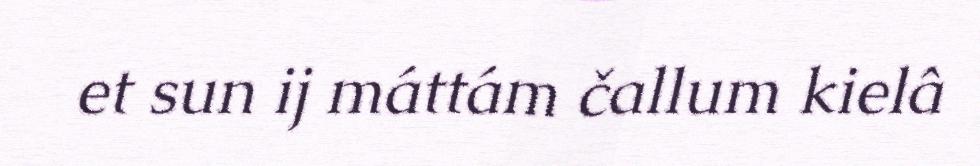
et sun ij máttám čallum kielâ